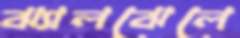
ঝ্যালঝেলে